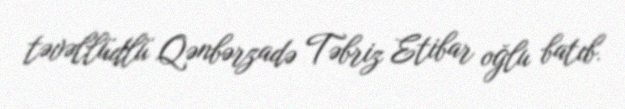
təvəllüdlü Qənbərzadə Təbriz Etibar oğlu batıb.